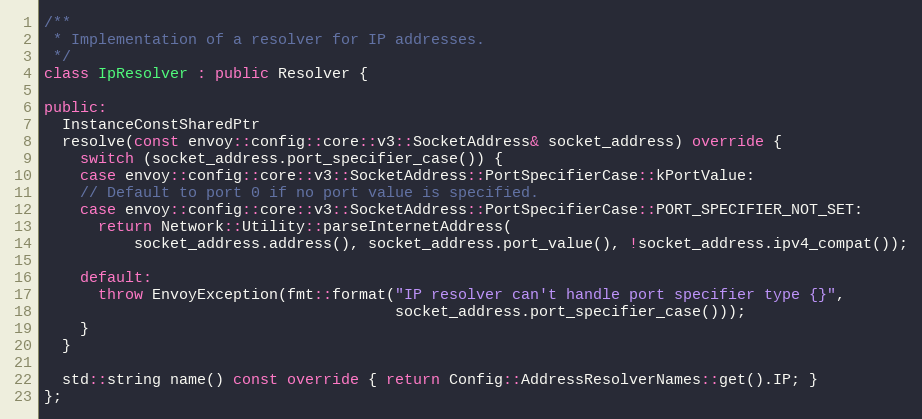
Language: C++
/**
 * Implementation of a resolver for IP addresses.
 */
class IpResolver : public Resolver {

public:
  InstanceConstSharedPtr
  resolve(const envoy::config::core::v3::SocketAddress& socket_address) override {
    switch (socket_address.port_specifier_case()) {
    case envoy::config::core::v3::SocketAddress::PortSpecifierCase::kPortValue:
    // Default to port 0 if no port value is specified.
    case envoy::config::core::v3::SocketAddress::PortSpecifierCase::PORT_SPECIFIER_NOT_SET:
      return Network::Utility::parseInternetAddress(
          socket_address.address(), socket_address.port_value(), !socket_address.ipv4_compat());

    default:
      throw EnvoyException(fmt::format("IP resolver can't handle port specifier type {}",
                                       socket_address.port_specifier_case()));
    }
  }

  std::string name() const override { return Config::AddressResolverNames::get().IP; }
};